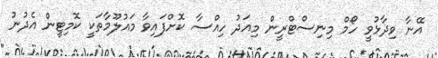
އޭނާ ވިދާޅުވީ ހޯމް މިނިސްޓްރީން މިއަދު ހިއްސާ ކޮށްފައިވާ މައުލޫމާތަކީ ކޮމިޓީން އެދުނު